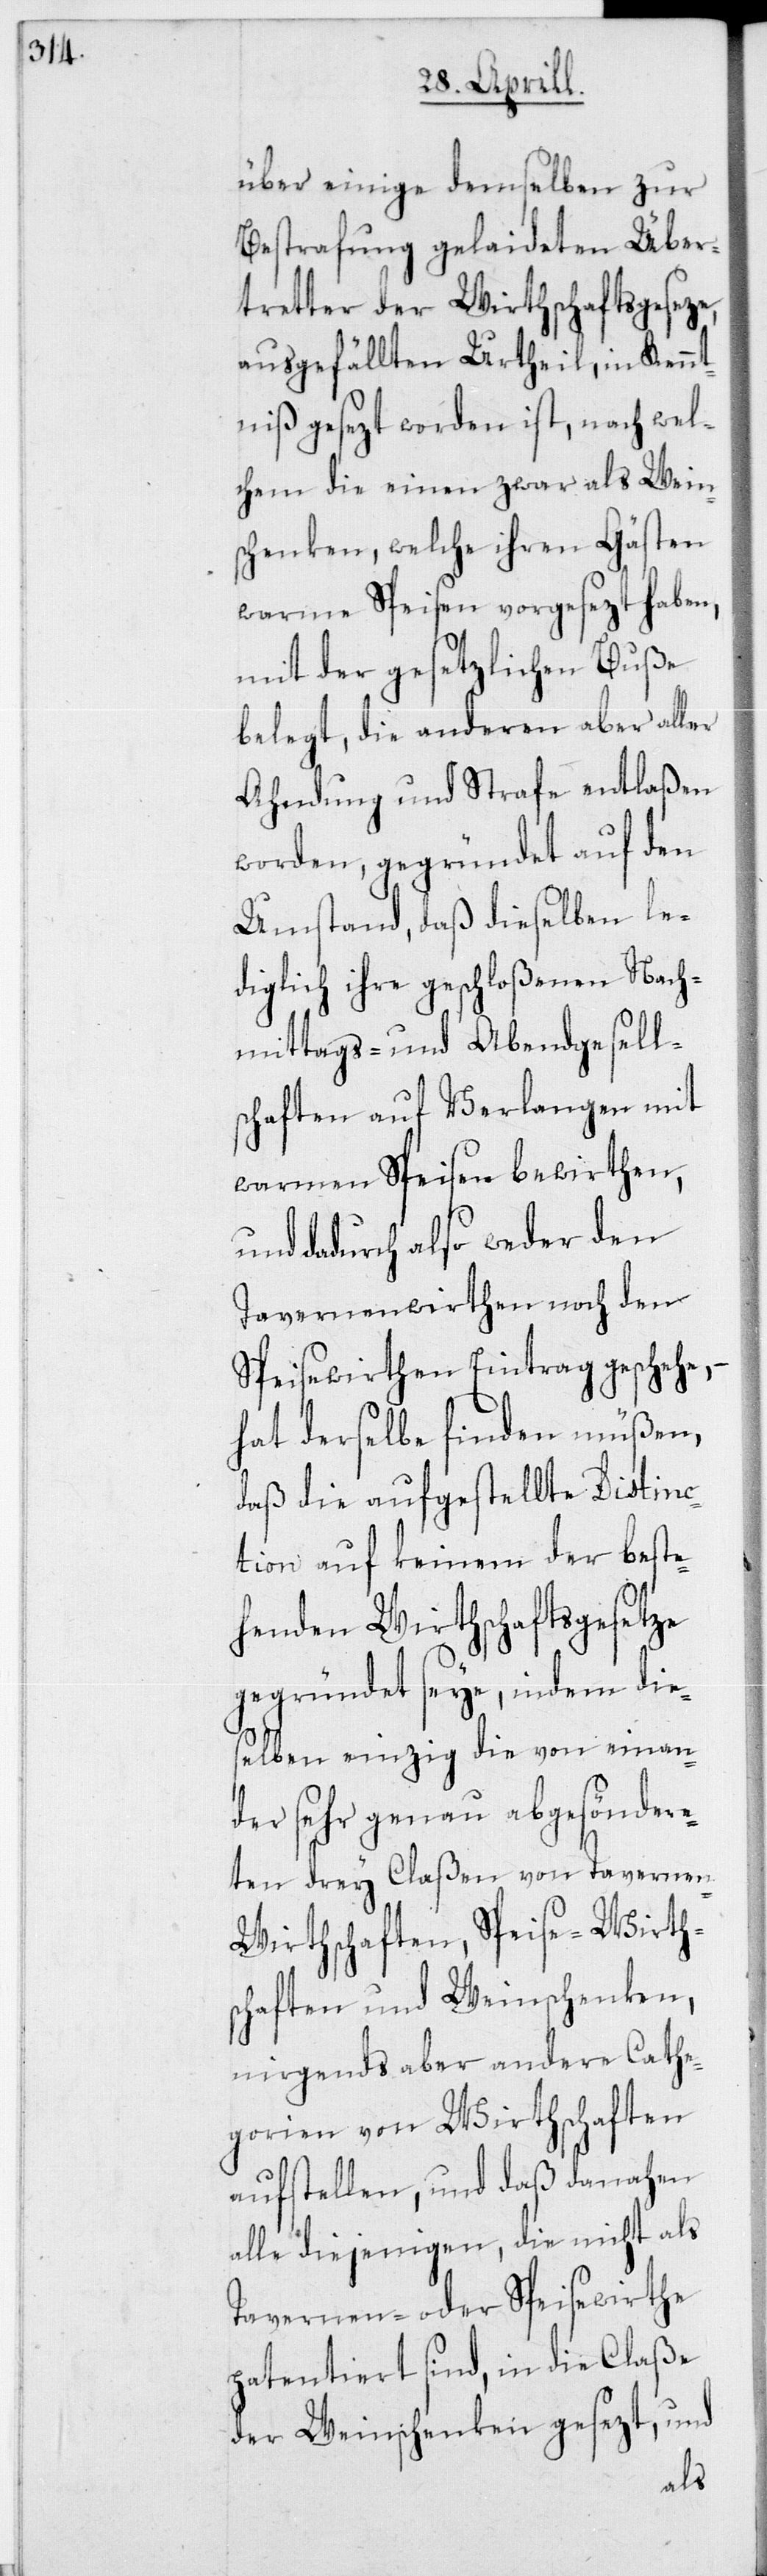
über einige demselben zur
Bestrafung gelaideten Über¬
treter der Wirthschaftsgeseze,
ausgefällten Urtheil, in Kennt¬
niß gesezt worden ist, nach wel¬
chem die einen zwar als Wein¬
schenken, welche ihren Gästen
warme Speisen vorgesezt haben,
mit der gesetzlichen Buße
belegt, die anderen aber aller
Ahndung und Strafe entlaßen
worden, gegründet auf den
Umstand, daß dieselben le¬
diglich ihre geschloßenen Nach¬
mittags- und Abendgesells¬
chaften auf Verlangen mit
warmen Speisen bewirthen,
und dadurch also weder den
Tavernenwirthen noch den
Speisewirthen Eintrag geschehe,
hat derselbe finden müßen,
daß die aufgestellte Distinc¬
tion auf keinem der beste¬
henden Wirthschaftsgesetze
gegründet seye, indem die¬
selben einzig die von einan¬
der sehr genau abgesöndere¬
ten drey Claßen von Tavernen-
Wirthschaften, Speise-Wirth¬
schaften und Weinschenken,
nirgends aber andere Cathe¬
gorien von Wirthschaften
aufstellen, und daß danahen
alle diejenigen, die nicht als
Tavernen- oder Speisewirthe
patentiert sind, in die Claße
der Weinschenken gesezt, und